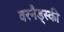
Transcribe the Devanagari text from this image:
वरनैड्स्की